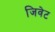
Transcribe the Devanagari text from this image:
जिवेट